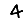
Digit: 4